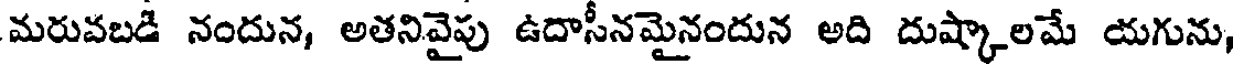
మరువబడి నందున, అతనివైపు ఉదాసీనమైనందున అది దుష్కాలమే యగును,